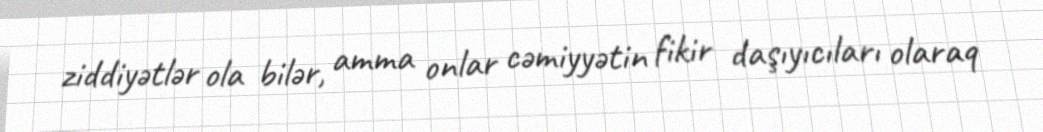
ziddiyətlər ola bilər, amma onlar cəmiyyətin fikir daşıyıcıları olaraq